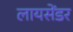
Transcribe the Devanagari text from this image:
लायसेंडर